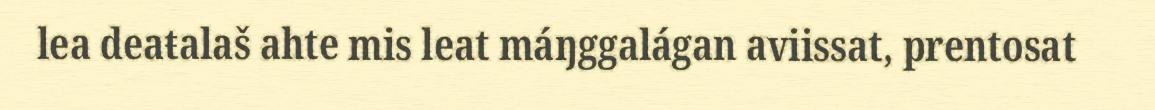
lea deaŧalaš ahte mis leat máŋggalágan aviissat, prentosat